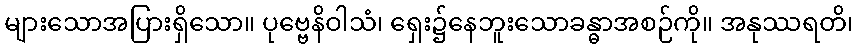
များသောအပြားရှိသော။ ပုဗ္ဗေနိဝါသံ၊ ရှေး၌နေဘူးသောခန္ဓာအစဉ်ကို။ အနုဿရတိ၊